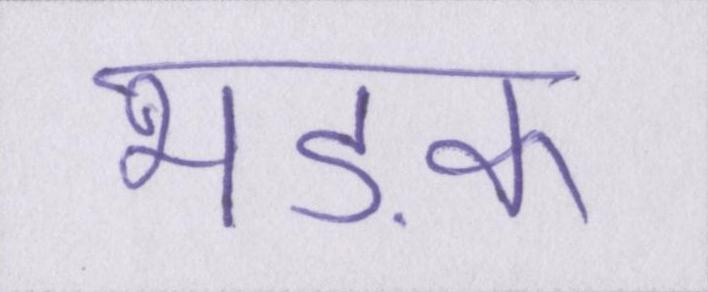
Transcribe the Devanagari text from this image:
भड़क